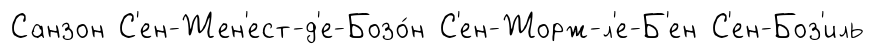
Санзон С'ен-Жен'ест-д'е-Бозо́н С'ен-Жорж-л'е-Б'ен С'ен-Боз'иль